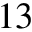
1 3